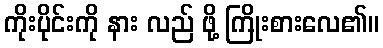
ကိုးပိုင်းကို နား လည် ဖို့ ကြိုးစားလေ၏။